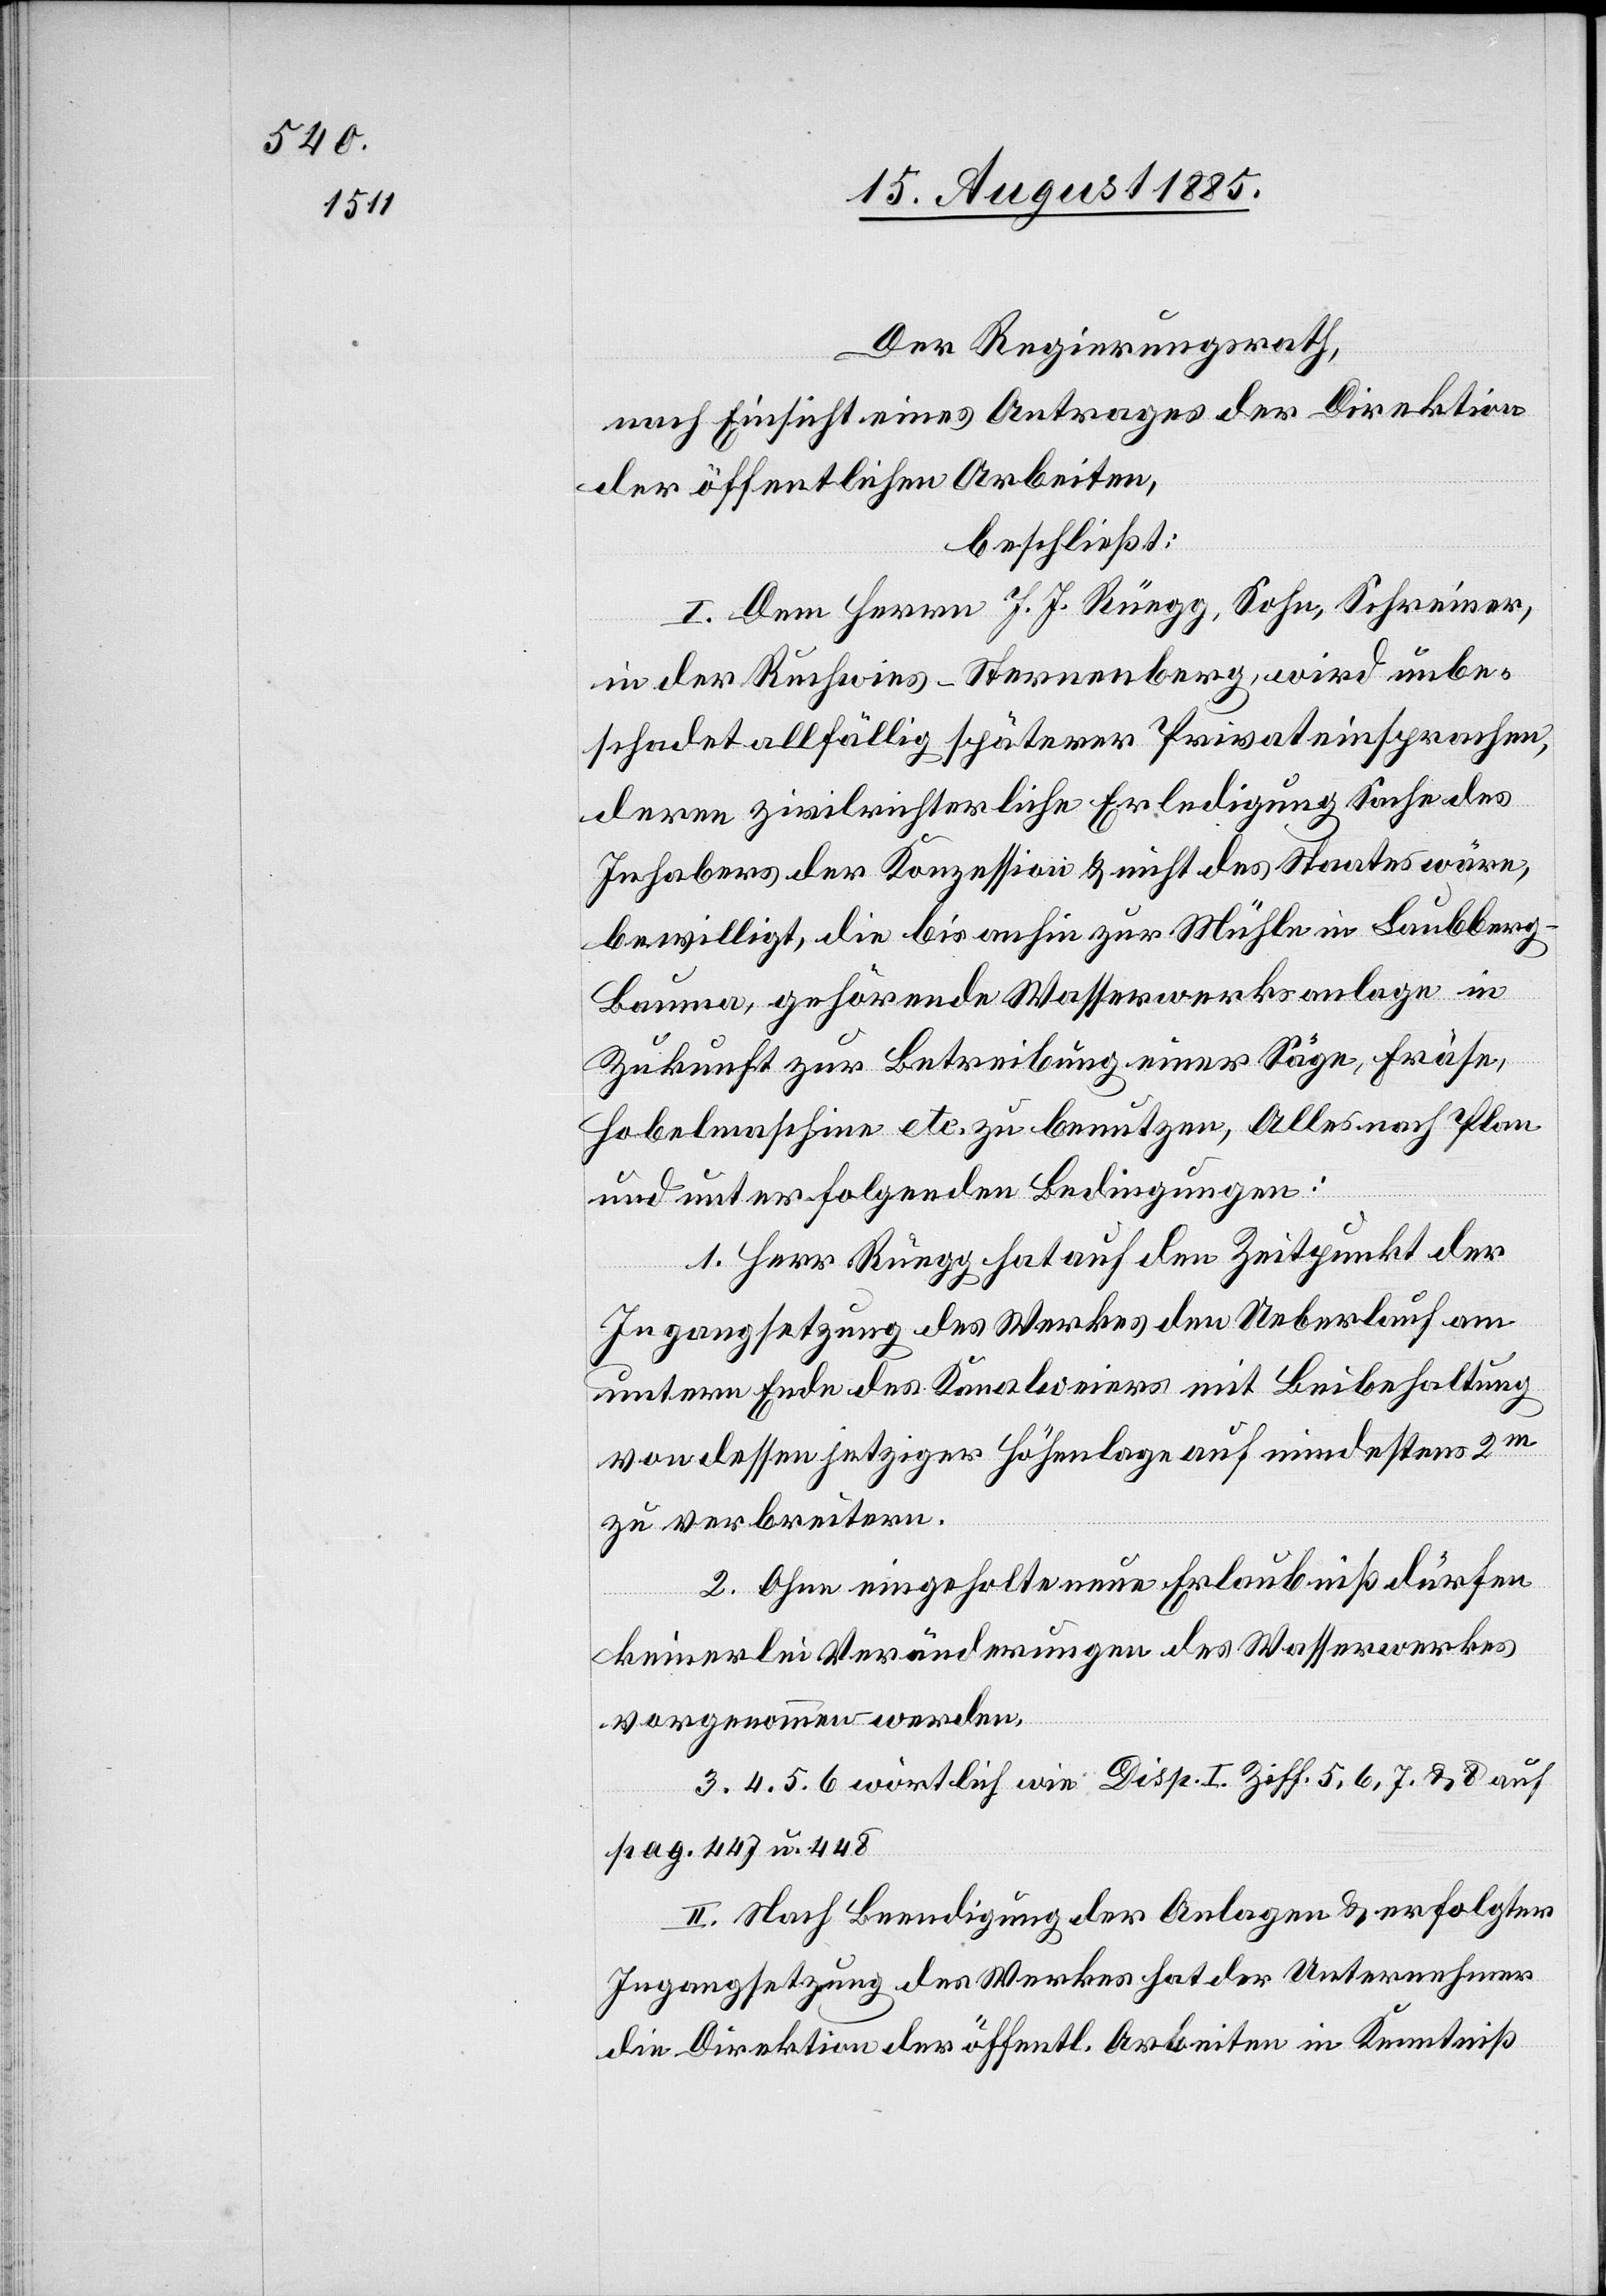
Der Regierungsrath,
nach Einsicht eines Antrages der Direktion
der öffentlichen Arbeiten,
beschließt:
I. Dem Herrn J. J. Rüegg, Sohn, Schreiner,
in der Ruchwies - Sternenberg, wird unbe¬
schadet allfällig späterer Privateinsprachen,
deren zivilrichterliche Erledigung Sache des
Inhabers der Konzession & nicht des Staates wäre,
bewilligt, die bis anhin zur Mühle in Laubberg
Bauma, gehörende Wasserwerksanlage in
Zukunft zur Betreibung einer Säge, Fräse,
Hobelmaschine etc. zu benutzen, Alles nach Plan
und unter folgenden Bedingungen:
1. Herr Rüegg hat auf den Zeitpunkt der
Ingangsetzung des Werkes den Ueberlauf am
untern Ende des Kanalweiers mit Beibehaltung
von dessen jetziger Höhenlage auf mindestens 2m
zu verbreitern.
2. Ohne eingeholte Erlaubniß dürfen
keinerlei Veränderungen des Wasserwerkes
vorgenommen werden.
3. 4. 5. 6. wörtlich wie Disp. I. Ziff. 5, 6, 7 & 8 auf
pag. 447 u. 448.
II. Nach Beendigung der Anlagen & erfolgter
Ingangsetzung des Werkes hat der Unternehmer
die Direktion der öffentl. Arbeiten in Kenntniß